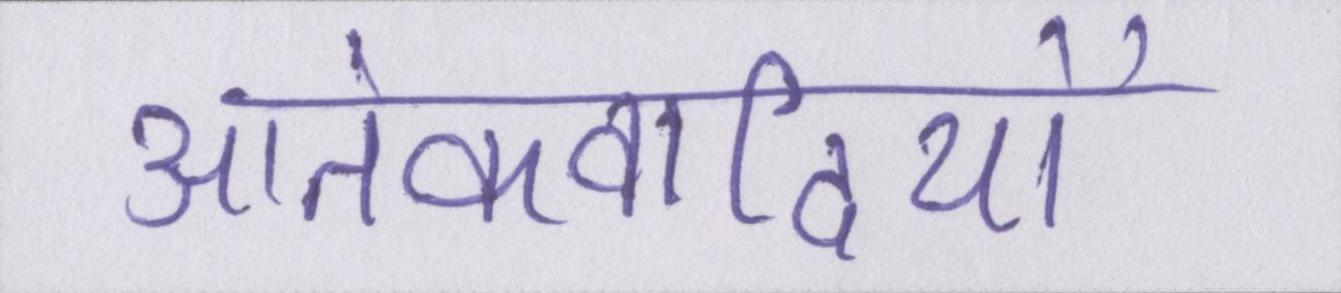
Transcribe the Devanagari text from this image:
आतंकवादियों